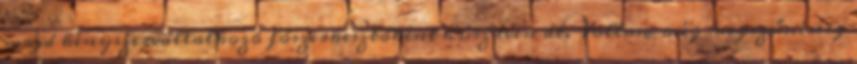
majd kényszervállalkozó főszerkesztőként húsz éven át. Voltam még megszűnéséig